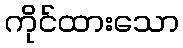
ကိုင်ထားသော